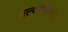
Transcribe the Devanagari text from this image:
शल्यक्रियेनंतर